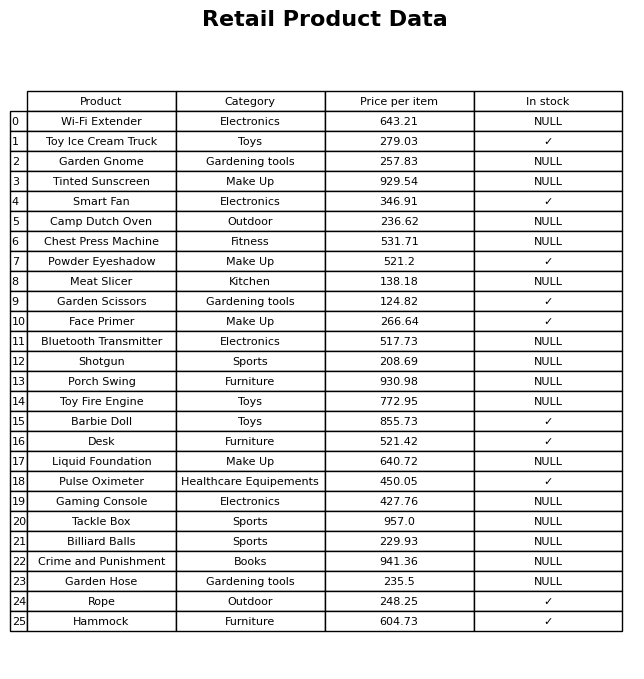
question: What is the price for Shotgun?
answer: The price of Shotgun is 208.69.